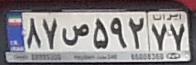
۸۷ص۵۹۲۷۷